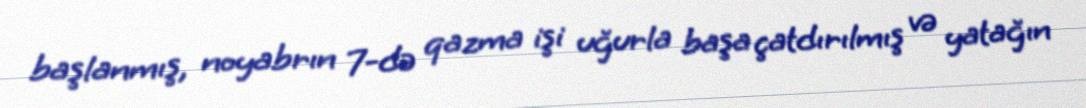
başlanmış, noyabrın 7-də qazma işi uğurla başa çatdırılmış və yatağın